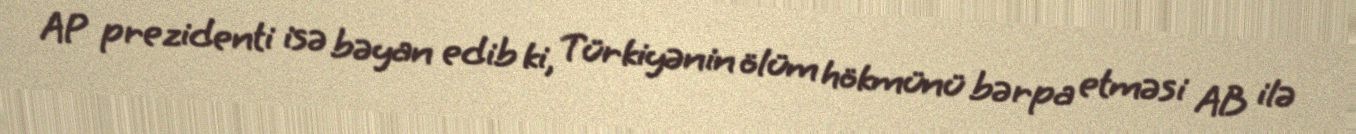
AP prezidenti isə bəyan edib ki, Türkiyənin ölüm hökmünü bərpa etməsi AB ilə